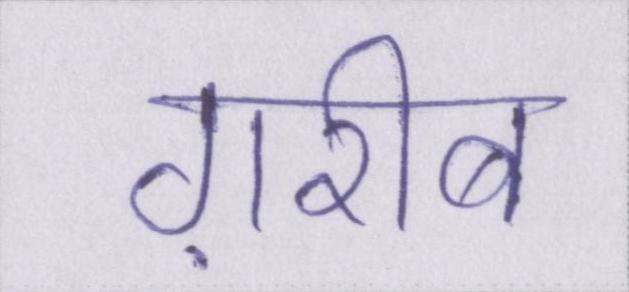
ग़रीब